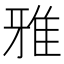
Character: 雅